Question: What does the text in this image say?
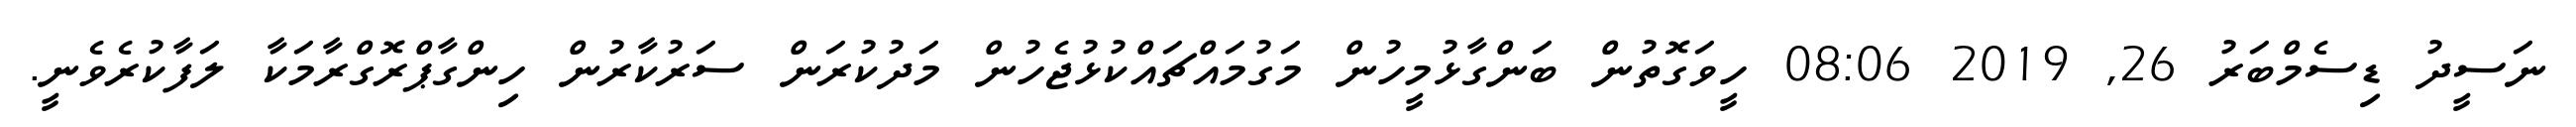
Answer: ނަސީދު ޑިސެމްބަރު 26, 2019 08:06 ހީވަގޮތުން ބަންގާޅުމީހުން މަގުމައްޗައްކުޅުޖެހުން މަދުކުރަން ސަރުކާރުން ހިންގާޕްރޮގްރާމަކާ ލަފާކުރެވެނީ.